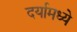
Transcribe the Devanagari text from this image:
दर्यामध्ये